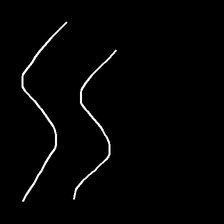
Glyph: float